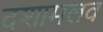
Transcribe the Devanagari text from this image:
दशामलव